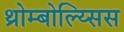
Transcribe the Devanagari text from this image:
थ्रोम्बोल्य्सिस